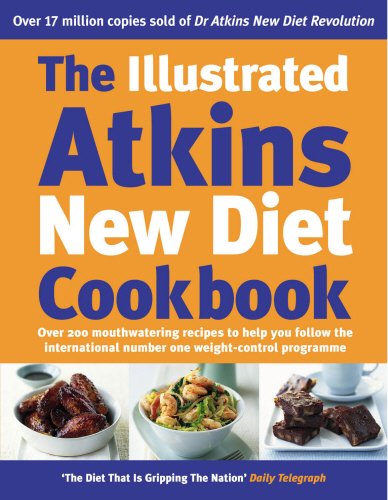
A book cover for The Illustrated Atkins New Diet Cookbook: Over 200 Mouthwatering Recipes to Help You Follow the International Number One Weight-Loss Programme; Robert C. Atkins; Health, Fitness & Dieting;